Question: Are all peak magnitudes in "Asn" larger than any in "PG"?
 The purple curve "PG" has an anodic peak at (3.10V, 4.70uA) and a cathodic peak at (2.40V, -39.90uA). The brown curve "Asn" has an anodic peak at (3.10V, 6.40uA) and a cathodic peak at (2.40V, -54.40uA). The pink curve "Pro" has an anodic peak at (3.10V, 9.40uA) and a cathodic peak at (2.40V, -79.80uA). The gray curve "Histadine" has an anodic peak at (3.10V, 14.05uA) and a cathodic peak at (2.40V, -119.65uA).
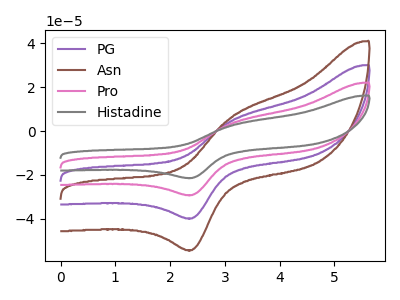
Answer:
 <answer>Every peak in "Asn" is higher than every peak in "PG".</answer>
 <eval>higher</eval>